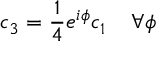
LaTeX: c _ { 3 } = \frac { 1 } { 4 } e ^ { i \phi } c _ { 1 } \; \; \; \; \forall \phi